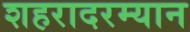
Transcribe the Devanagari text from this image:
शहरादरम्यान